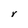
Character: Y